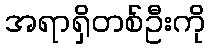
အရာရှိတစ်ဦးကို